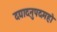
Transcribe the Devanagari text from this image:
दद्यादनुपदमहो